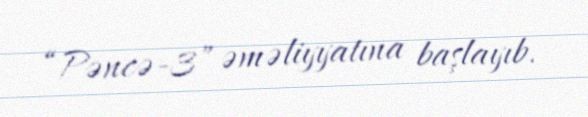
“Pəncə-3” əməliyyatına başlayıb.